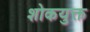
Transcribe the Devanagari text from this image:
शोकयुक्त